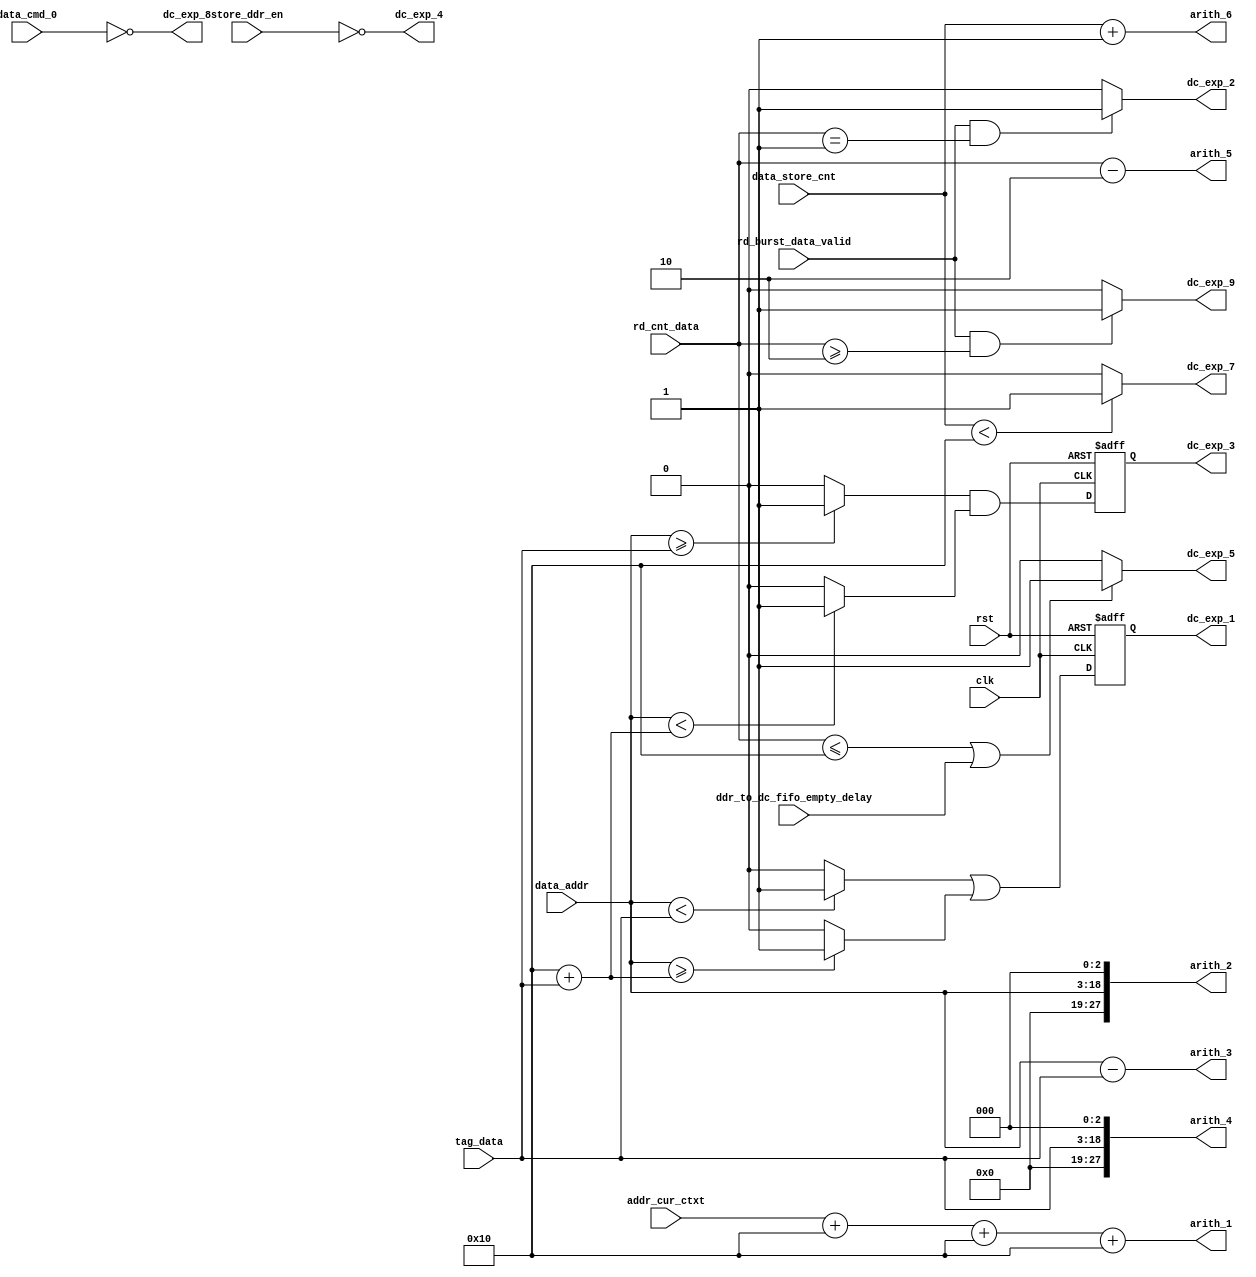
module ALU_data_cache
#(
    parameter DATA_CACHE_DEPTH  = 16,
    parameter DATA_WIDTH        = 16,
    parameter DATA_DEPTH        = 16,
    parameter DDR_ADDR_WIDTH    = 28,
    parameter ADDR_WIDTH_MEM    = 16,
    parameter ADDR_WIDTH_CAM    = 8
)
(
    input wire                              clk,
    input wire                              rst,
    input wire [ADDR_WIDTH_MEM - 1 : 0]     addr_cur_ctxt,
    input wire [ADDR_WIDTH_MEM - 1 : 0]     data_addr,
    input wire [15 :0]                      tag_data,
    input wire [7 : 0]                      rd_cnt_data,
    input wire [9 : 0]                      data_store_cnt,
    input wire                              rd_burst_data_valid,
    input wire                              data_cmd_0,
    input wire                              store_ddr_en,
    input wire                              ddr_to_dc_fifo_empty_delay,

    output wire [ADDR_WIDTH_MEM - 1 : 0]    arith_1,
    output wire [DDR_ADDR_WIDTH - 1 : 0]    arith_2,
    output wire [ADDR_WIDTH_MEM - 1 : 0]    arith_3,
    output wire [DDR_ADDR_WIDTH - 1 : 0]    arith_4,
    output wire [7 : 0]                     arith_5,
    output wire [9 : 0]                     arith_6,
    output reg                              dc_exp_1,
    output wire                             dc_exp_2,
    output reg                              dc_exp_3,
    output wire                             dc_exp_4,
    output wire                             dc_exp_5,
    output wire                             dc_exp_7,
    output wire                             dc_exp_8,
    output wire                             dc_exp_9
);
wire dc_exp_1_1;
wire dc_exp_1_2;
wire dc_exp_3_1;
wire dc_exp_3_2;

assign arith_1 = addr_cur_ctxt + DATA_DEPTH + DATA_DEPTH + DATA_DEPTH;
assign arith_2 = data_addr << 3;
assign arith_3 = data_addr - tag_data;
assign arith_4 = tag_data << 3; 
assign arith_5 = rd_cnt_data - 2;
assign arith_6 = data_store_cnt + 1;

//assign dc_exp_1 = ((data_addr < tag_data) || (data_addr >= DATA_CACHE_DEPTH + tag_data))? 1 : 0;//!dc_exp_3;
assign dc_exp_1_1 = (data_addr < tag_data)? 1 : 0;
assign dc_exp_1_2 = (data_addr >= DATA_CACHE_DEPTH + tag_data)? 1 : 0;
assign dc_exp_2 = (rd_burst_data_valid && rd_cnt_data == 1)? 1 : 0;
//assign dc_exp_3 = ((data_addr >= tag_data) && (data_addr < DATA_CACHE_DEPTH + tag_data))? 1 : 0;
assign dc_exp_3_1 = (data_addr >= tag_data)? 1 : 0;
assign dc_exp_3_2 = (data_addr < DATA_CACHE_DEPTH + tag_data)? 1 : 0;
assign dc_exp_4 = !store_ddr_en;
assign dc_exp_5 = ((rd_cnt_data <= DATA_CACHE_DEPTH) || ddr_to_dc_fifo_empty_delay)? 1 : 0;
assign dc_exp_7 = (data_store_cnt < DATA_CACHE_DEPTH)? 1 : 0;
assign dc_exp_8 = !data_cmd_0;//(data_cmd == RowxRow_load || data_cmd == ColxCol_load || data_cmd == Addr_load)? 1 : 0;
assign dc_exp_9 = (rd_burst_data_valid && rd_cnt_data >= 2)? 1 : 0;

always @(posedge clk or negedge rst) begin
    if (!rst) begin
        dc_exp_1 <= 0;
        dc_exp_3 <= 0;
    end
    else begin
        dc_exp_1 <= dc_exp_1_1 | dc_exp_1_2;
        dc_exp_3 <= dc_exp_3_1 & dc_exp_3_2;
    end
end

endmodule